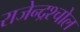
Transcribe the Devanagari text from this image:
राजेन्द्रश्चोल